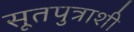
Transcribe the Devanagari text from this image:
सूतपुत्राशी